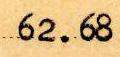
62.68